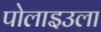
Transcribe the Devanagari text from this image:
पोलाइउला